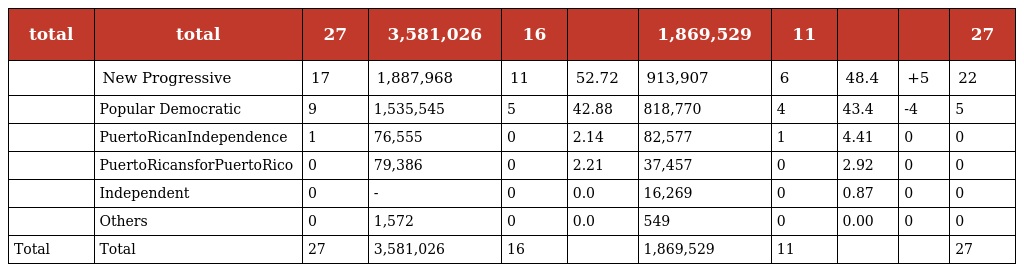
| total | total | 27 | 3,581,026 | 16 |  | 1,869,529 | 11 |  |  | 27 |
 | --- | --- | --- | --- | --- | --- | --- | --- | --- | --- | --- |
 |  | New Progressive | 17 | 1,887,968 | 11 | 52.72 | 913,907 | 6 | 48.4 | +5 | 22 |
 |  | Popular Democratic | 9 | 1,535,545 | 5 | 42.88 | 818,770 | 4 | 43.4 | -4 | 5 |
 |  | PuertoRicanIndependence | 1 | 76,555 | 0 | 2.14 | 82,577 | 1 | 4.41 | 0 | 0 |
 |  | PuertoRicansforPuertoRico | 0 | 79,386 | 0 | 2.21 | 37,457 | 0 | 2.92 | 0 | 0 |
 |  | Independent | 0 | - | 0 | 0.0 | 16,269 | 0 | 0.87 | 0 | 0 |
 |  | Others | 0 | 1,572 | 0 | 0.0 | 549 | 0 | 0.00 | 0 | 0 |
 | Total | Total | 27 | 3,581,026 | 16 |  | 1,869,529 | 11 |  |  | 27 |